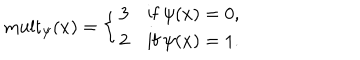
\mathrm { m u l t } _ { \psi } ( x ) = \left\{ \begin{array} { l l } { { 3 } } & { { \mathrm { i f } \ \psi ( x ) = 0 , } } \\ { { 2 } } & { { \mathrm { i f } \ \psi ( x ) = 1 . } } \\ \end{array} \right.